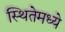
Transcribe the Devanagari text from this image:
स्थितेमध्ये